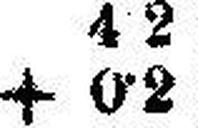
+ 0•2